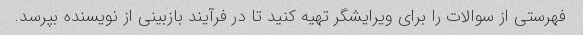
فهرستی از سوالات را برای ویرایشگر تهیه کنید تا در فرآیند بازبینی از نویسنده بپرسد.